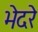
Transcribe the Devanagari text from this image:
भेदरे